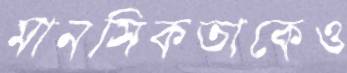
মানসিকতাকেও